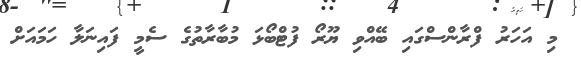
މި އަހަރު ފްރާންސްގައި ބޭއްވި ޔޫރޯ ފުޓްބޯޅަ މުބާރާތުގެ ސެމީ ފައިނަލާ ހަމައަށް